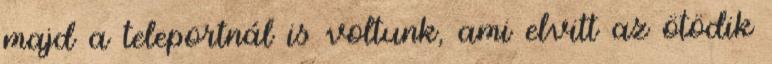
majd a teleportnál is voltunk, ami elvitt az ötödik